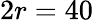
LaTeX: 2r=40